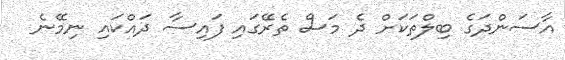
އާސަންދަގެ ބިލްތަކަށް ދެ މަސް ތެރޭގައި ފައިސާ ދައްކައި ނިމޭނެ